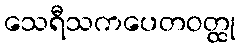
သေရီသကပေတဝတ္ထု